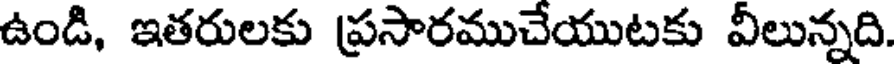
ఉండి, ఇతరులకు ప్రసారముచేయుటకు వీలున్నది.